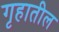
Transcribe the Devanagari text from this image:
गृहातील